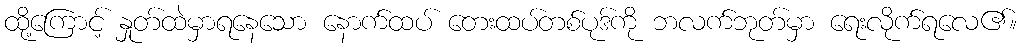
ထို့ကြောင့် နှုတ်ထဲမှာရနေသော နောက်ထပ် တေးထပ်တစ်ပုဒ်ကို ဘလက်ဘုတ်မှာ ရေးလိုက်ရလေ၏။